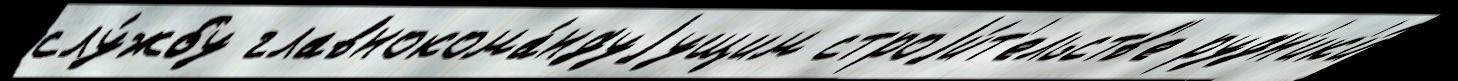
слу́жбу главнокома́ндуjущим строjи́т'ельств'е рудн'ик'и́